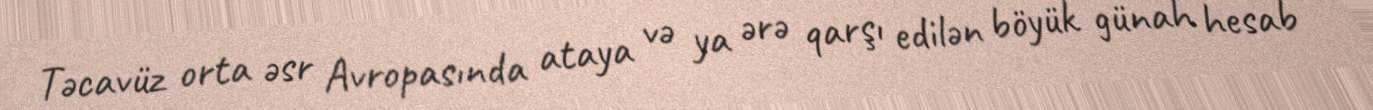
Təcavüz orta əsr Avropasında ataya və ya ərə qarşı edilən böyük günah hesab